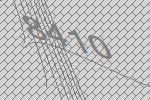
8410